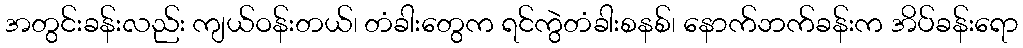
အတွင်းခန်းလည်း ကျယ်ဝန်းတယ်၊ တံခါးတွေက ရင်ကွဲတံခါးစနစ်၊ နောက်ဘက်ခန်းက အိပ်ခန်းရော